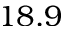
1 8 . 9